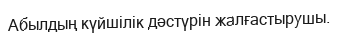
Абылдың күйшілік дәстүрін жалғастырушы.